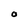
Character: O